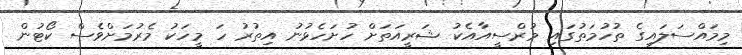
މިމައްސަލައިގެ ތުހުމަތުގައި މުރްސީއާއެކު ޝަރީއަތަށް ހުށަހެޅުނު އިތުރު ހަ މީހަކު މެރުމަށްވެސް ކޯޓުން